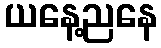
ယနေ့ညနေ